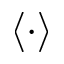
\langle \cdot \rangle